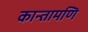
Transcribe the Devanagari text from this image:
कान्तामणि